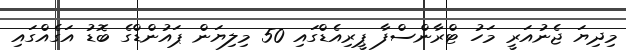
މިދިޔަ ޖެނުއަރީ މަހު ޓްރާންސްފާ ޕީރިއެޑްގައި 50 މިލިޔަން ޕައުންޑްގެ ބޮޑު އަގެއްގައި